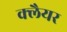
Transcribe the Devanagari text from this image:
क्लैयर